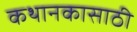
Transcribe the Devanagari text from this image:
कथानकासाठी